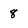
Character: 8